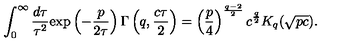
\int _ { 0 } ^ { \infty } \frac { d \tau } { \tau ^ { 2 } } \mathrm { e x p } \left( - \frac { p } { 2 \tau } \right) \Gamma \left( q , \frac { c \tau } 2 \right) = \left( \frac p 4 \right) ^ { \frac { q - 2 } 2 } c ^ { \frac q 2 } K _ { q } ( \sqrt { p c } ) .